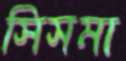
সিসমা